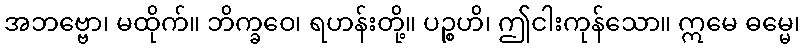
အဘဗ္ဗော၊ မထိုက်။ ဘိက္ခဝေ၊ ရဟန်းတို့။ ပဉ္စဟိ၊ ဤငါးကုန်သော။ ဣမေ ဓမ္မေ၊